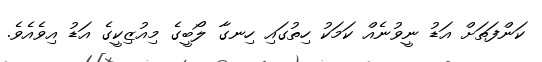
ކަންފަތަށް އަޑު ނީވުނެއް ކަމަކު ހިތުގައި ހިނގާ ލޯބީގެ މިއުޒިކީގެ އަޑު އިވެއެވެ.